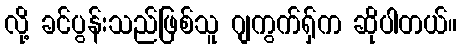
လို့ ခင်ပွန်းသည်ဖြစ်သူ ဂျကွက်ရှ်က ဆိုပါတယ်။